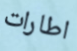
اطارات